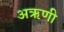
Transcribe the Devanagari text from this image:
अऋणी